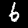
Digit: 6